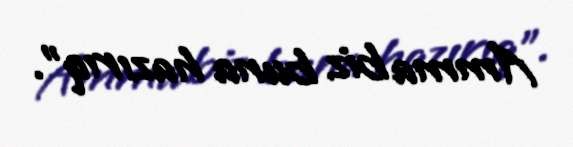
Amma biz buna hazırıq".